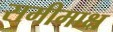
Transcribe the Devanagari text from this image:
समीमाक्ष